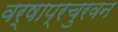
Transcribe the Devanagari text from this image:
वर्षाप्रचुरवन